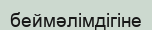
беймәлімдігіне